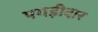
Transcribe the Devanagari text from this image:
पगड़ीदार